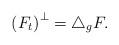
LaTeX: \begin{align*}\left( F_{t}\right) ^{\perp}=\triangle_{g}F.\end{align*}